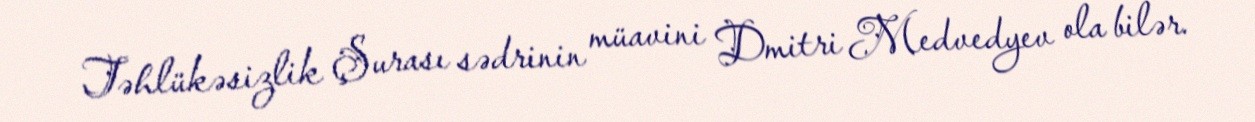
Təhlükəsizlik Şurası sədrinin müavini Dmitri Medvedyev ola bilər.